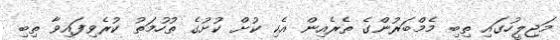
މަޖިލީހުގައި ތިބި މެމްބަރުންގެ ތެރެއިން އެކި ކުށް ކުށުގެ ތުހުމަތު ކުރެވިފައިވާ ތިބި